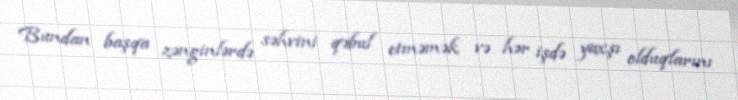
Bundan başqa zənginlərdə səhvini qəbul etməmək və hər işdə yaxşı olduqlarını